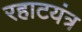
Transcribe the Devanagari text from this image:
रहाटयंत्र